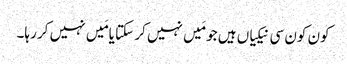
کون کون سی نیکیاں ہیں جو مَیں نہیں کر سکتا یامَیں نہیں کر رہا۔